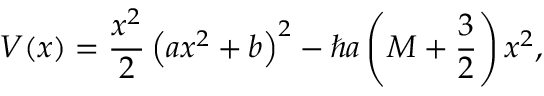
V ( x ) = \frac { x ^ { 2 } } 2 \left( a x ^ { 2 } + b \right) ^ { 2 } - \hbar a \left( M + \frac { 3 } { 2 } \right) x ^ { 2 } ,